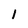
Character: 1